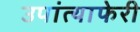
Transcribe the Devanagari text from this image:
उपांत्याफेरी